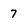
Character: 7